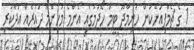
1 ގެ ޗެމްޕިއަންކަން ހަނިމާދޫ ޓީމު ހޯދުމުގައި އެންމެ މުހިންމު ދައުރެއް އަދާކުރި